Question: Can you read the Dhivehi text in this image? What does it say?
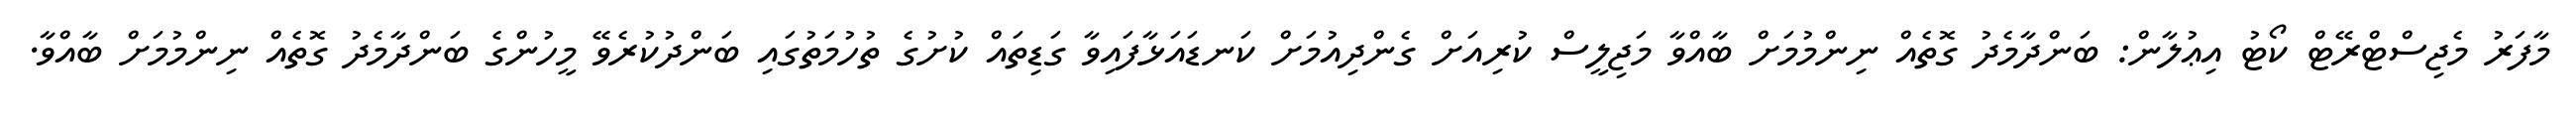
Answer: މާފަރު މެޖިސްޓްރޭޓް ކޯޓު އިޢުލާން: ބަންދާމެދު ގޮތެއް ނިންމުމަށް ބާއްވާ މަޖިލީސް ކުރިއަށް ގެންދިއުމަށް ކަނޑައަޅާފައިވާ ގަޑިތައް ކުށުގެ ތުހުމަތުގައި ބަންދުކުރެވޭ މީހުންގެ ބަންދާމެދު ގޮތެއް ނިންމުމަށް ބާއްވާ.